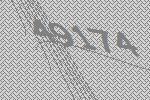
49174